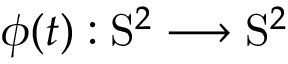
\phi ( t ) : \mathrm { S } ^ { 2 } \longrightarrow \mathrm { S } ^ { 2 }